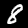
Label: 8